Civil Veterinary Department Bengal reports 1923-33 - 1923-1933
Year: 1923
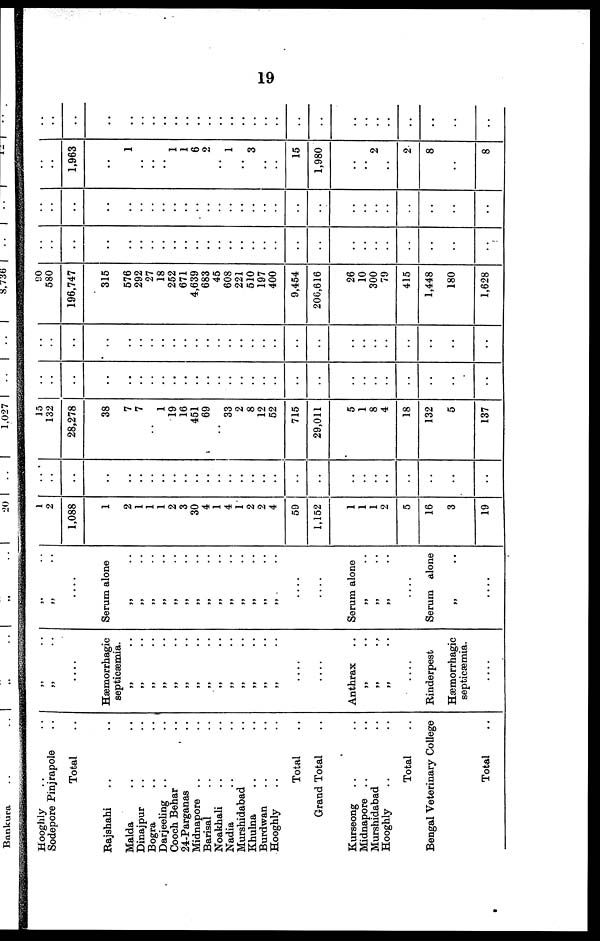
19
Hooghly .. ..
Sodepore Pinjrapole ..
Total..
Rajshahi .. ..
Malda .. ..
Dinajpur .. ..
Bogra
..
..
Darjeeling .. ..
Cooch Behar
..
24-Parganas ..
Midnapore .. ..
Barisal .. ..
Noakhali .. ..
Nadia .. ..
Murshidabad .. ..
Khulna .. ..
Burdwan .. ..
Hooghly .. ..
Total ..
Grand Total ..
Kurseong .. ..
Midnapore .. ..
Murshidabad ..
Hooghly .. ..
Total ..
Bengal Veterinary College
Total ..
„ ..
„ ..
Hæmorrhagie
septicæmia.
„ ..
„ ..
„ ..
„ ..
„ ..
„ ..
„ ..
„ ..
„ ..
„ ..
„ ..
„ ..
„ ..
„ ..
....
....
Anthrax
„ ..
„ ..
„ ..
Rinderpest
Hæmorrhagie
septicæmia.
....
„ ..
„ ..
Serum alone
..
..
..
..
..
..
..
..
..
..
..
..
„ ..
„ ..
„ ..
„ ..
„ ..
„ ..
„ ..
„ ..
„ ..
„ ..
„ ..
„ ..
„ ..
„ ..
....
....
Serum alone
„ ..
„ ..
„ ..
Serum alone
„ ..
....
1
2
1,088
1
2
1
1
1
2
3
30
4
1
4
1
2
2
4
59
1,152
1
1
1
2
5
16
3
19
..
..
..
..
..
..
..
..
..
..
..
..
..
..
..
..
..
..
..
..
..
..
..
..
..
..
..
15
132
28,278
38
7
7
..
1
19
16
451
69
33
2
8
12
52
715
29,011
5
1
8
4
18
132
5
137
..
..
..
..
..
..
..
..
..
..
..
..
..
..
..
..
..
..
..
..
..
..
..
..
..
..
..
..
..
..
..
..
..
..
..
..
..
..
..
..
..
..
..
..
..
..
..
..
..
..
..
..
..
..
90
580
196,747
315
576
292
27
18
252
671
4,639
683
45
608
221
510
197
400
9,454
206,616
26
10
300
79
415
1,448
180
1,628
..
..
..
..
..
..
..
..
..
..
..
..
..
..
..
..
..
..
..
..
..
..
..
..
..
..
..
..
..
..
..
..
..
..
..
..
..
..
..
..
..
..
..
..
..
..
..
..
..
..
..
..
..
..
..
..
..
..
1,963
1
..
..
..
1
1
6
2
..
1
..
3
..
..
15
1,980
..
..
2
2.
8
..
..
8
..
..
..
..
..
..
..
..
..
..
..
..
..
..
..
..
..
..
..
..
..
..
..
..
..
..
..